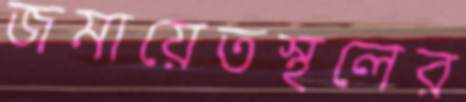
জমায়েতস্থলের